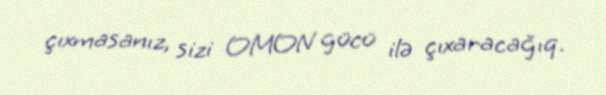
çıxmasanız, sizi OMON gücü ilə çıxaracağıq.